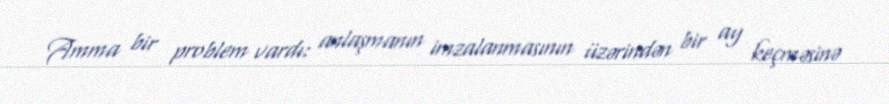
Amma bir problem vardı: anlaşmanın imzalanmasının üzərindən bir ay keçməsinə